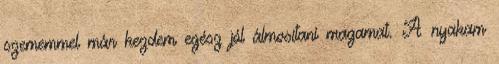
szememmel már kezdem egész jól álmosítani magamat. A nyakam